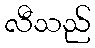
လီသည်